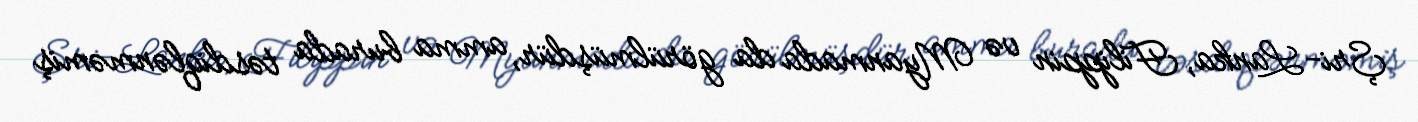
Şri-Lanka, Filippin və Myanmada da görülmüşdür, amma burada təsdiqlənməmiş